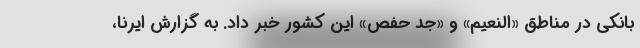
بانکی در مناطق «النعیم» و «جد حفص» این کشور خبر داد. به گزارش ایرنا،